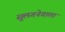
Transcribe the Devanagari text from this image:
सुलगनेवाला